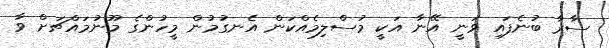
ސާރާ ބުނެފައި ވަނީ އޭނާ އަކީ މުސްލިމެއްކަން އެނގުމުން މީހުންގެ މޫނުމައްޗަށް ވާ